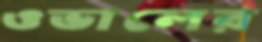
ওভালের